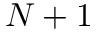
N + 1